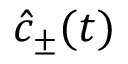
\hat { c } _ { \pm } ( t )